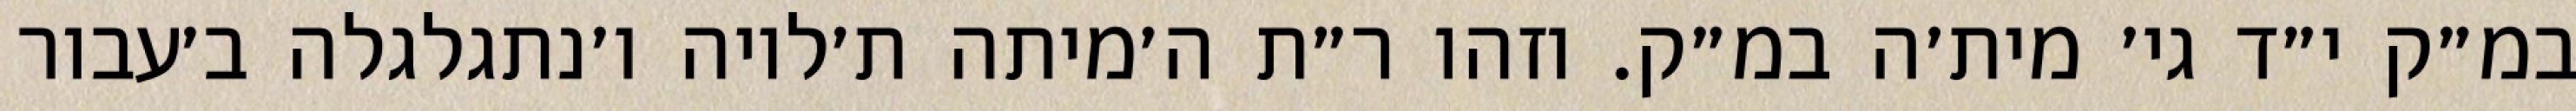
במ״ק י״ד גי׳ מית׳ה במ״ק. וזהו ר״ת ה׳מיתה ת׳לויה ו׳נתגלגלה ב׳עבור